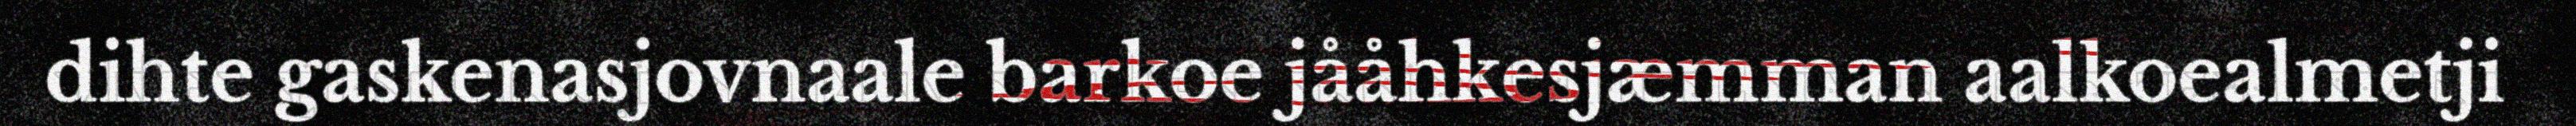
dihte gaskenasjovnaale barkoe jååhkesjæmman aalkoealmetji